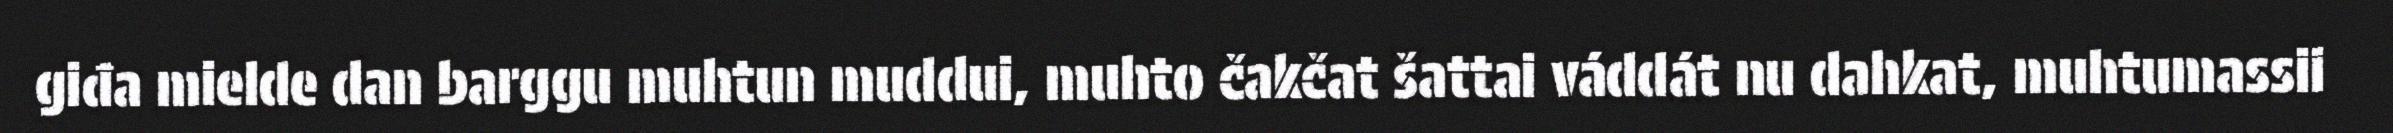
giđa mielde dan barggu muhtun muddui, muhto čakčat šattai váddát nu dahkat, muhtumassii